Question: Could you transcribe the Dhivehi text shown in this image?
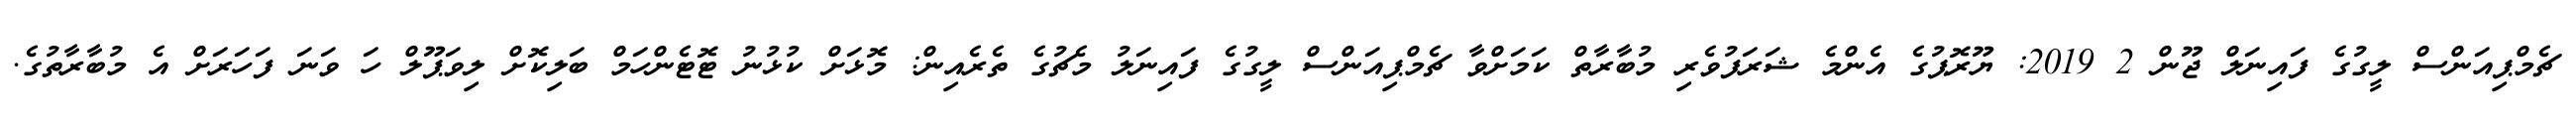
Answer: ޗެމްޕިއަންސް ލީގުގެ ފައިނަލް ޖޫން 2 2019: ޔޫރޮޕުގެ އެންމެ ޝަރަފުވެރި މުބާރާތް ކަމަށްވާ ޗެމްޕިއަންސް ލީގުގެ ފައިނަލު މެޗުގެ ތެރެއިން: މޮޅަށް ކުޅުނު ޓޮޓެންހަމް ބަލިކޮށް ލިވަޕޫލް ހަ ވަނަ ފަހަރަށް އެ މުބާރާތުގެ.